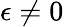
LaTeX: \epsilon\neq 0